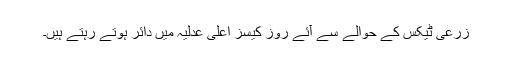
زرعی ٹیکس کے حوالے سے آئے روز کیسز اعلٰی عدلیہ میں دائر ہوتے رہتے ہیں۔